Indian journal of veterinary science and animal husbandry - Volumes 26-27, 1956-1957
Year: 1956
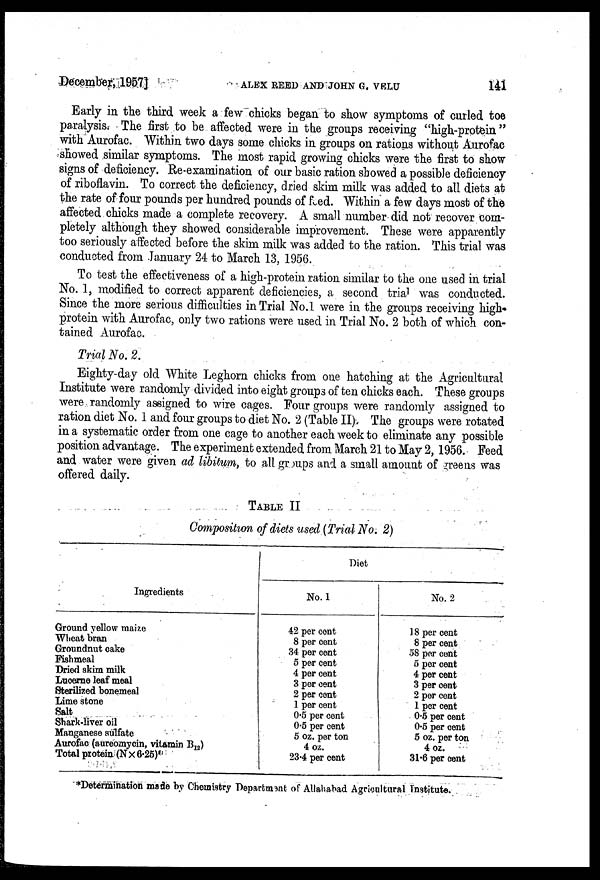
December. 1957]
ALEX
REED
AND
JOHN
G.
VELU
141
Early in the third week a few chicks began to show symptoms of curled toe
paralysis. The first to be affected were in the groups receiving "high-protein"
with Aurofac. Within two days some chicks in groups on rations without Aurofac
showed similar symptoms. The most rapid growing chicks were the first to show
signs of deficiency. Re-examination of our basic ration showed a possible deficiency
of riboflavin. To correct the deficiency, dried skim milk was added to all diets at
the rate of four pounds per hundred pounds of feed. Within a few days most of the
affected chicks made a complete recovery. A small number did not recover com-
pletely although they showed considerable improvement. These were apparently
too seriously affected before the skim milk was added to the ration. This trial was
conducted from January 24 to March 13, 1956.
To test the effectiveness of a high-protein ration similar to the one used in trial
No. 1, modified to correct apparent deficiencies, a second trial was conducted.
Since the more serious difficulties in Trial No.1 were in the groups receiving high-
protein with Aurofac, only two rations were used in Trial No. 2 both of which con-
tained Aurofac.
Trial No. 2.
Eighty-day old White Leghorn chicks from one hatching at the Agricultural
Institute were randomly divided into eight groups of ten chicks each. These groups
were randomly assigned to wire cages. Four groups were randomly assigned to
ration diet No. 1 and four groups to diet No. 2 (Table II). The groups were rotated
in a systematic order from one cage to another each week to eliminate any possible
position advantage. The experiment extended from March 21 to May 2, 1956. Feed
and water were given ad libitum, to all groups and a small amount of greens was
offered daily.
TABLE II
Composition of diets used (Trial No. 2)
Ingredients
Ground yellow maize
Wheat bran
Groundnut cake
Fishmeal
Dried skim milk
Lucerne leaf meal
Sterilized bonemeal
Lime stone
Salt
Shark-liver oil
Manganese sulfate
Aurofac (aureomycin, vitamin B 12 )
Total protein (N×6.25)
Diet
No.1
42 per cent
8 per cent
34 per cent
5 per cent
4 per cent
3 per cent
2 per cent
1 per cent
0.5 per cent
0.5 per cent
5 oz. per ton
4 oz.
23.4 per cent
No. 2
18 per cent
8 per cent
58 per cent
5 per cent
4 per cent
3 per cent
2 per cent
1 per cent
0.5 per cent
0.5 per cent
5 oz. per ton
4 oz.
31.6 per cent
*Determination made by Chemistry Department of Allahabad Agricultural Institute.